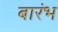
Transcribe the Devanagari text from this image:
बारंभ